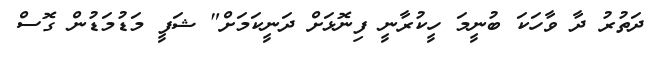
ދަތުރު ދާ ވާހަކަ ބުނީމަ ހީކުރާނީ ފިނޮޅަށް ދަނީކަމަށް" ޝަފީ މަޑުމަޑުން ގޮސް